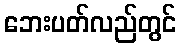
ဘေးပတ်လည်တွင်